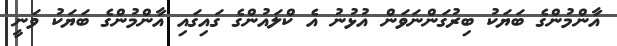
އާންމުންގެ ބަޔަކު ބިރުގަންނަވަން އުޅުނު އެ ކްލައުންގެ ގައިގައި އާންމުންގެ ބަޔަކު ވަނީ